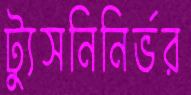
ট্যুসনিনির্ভর